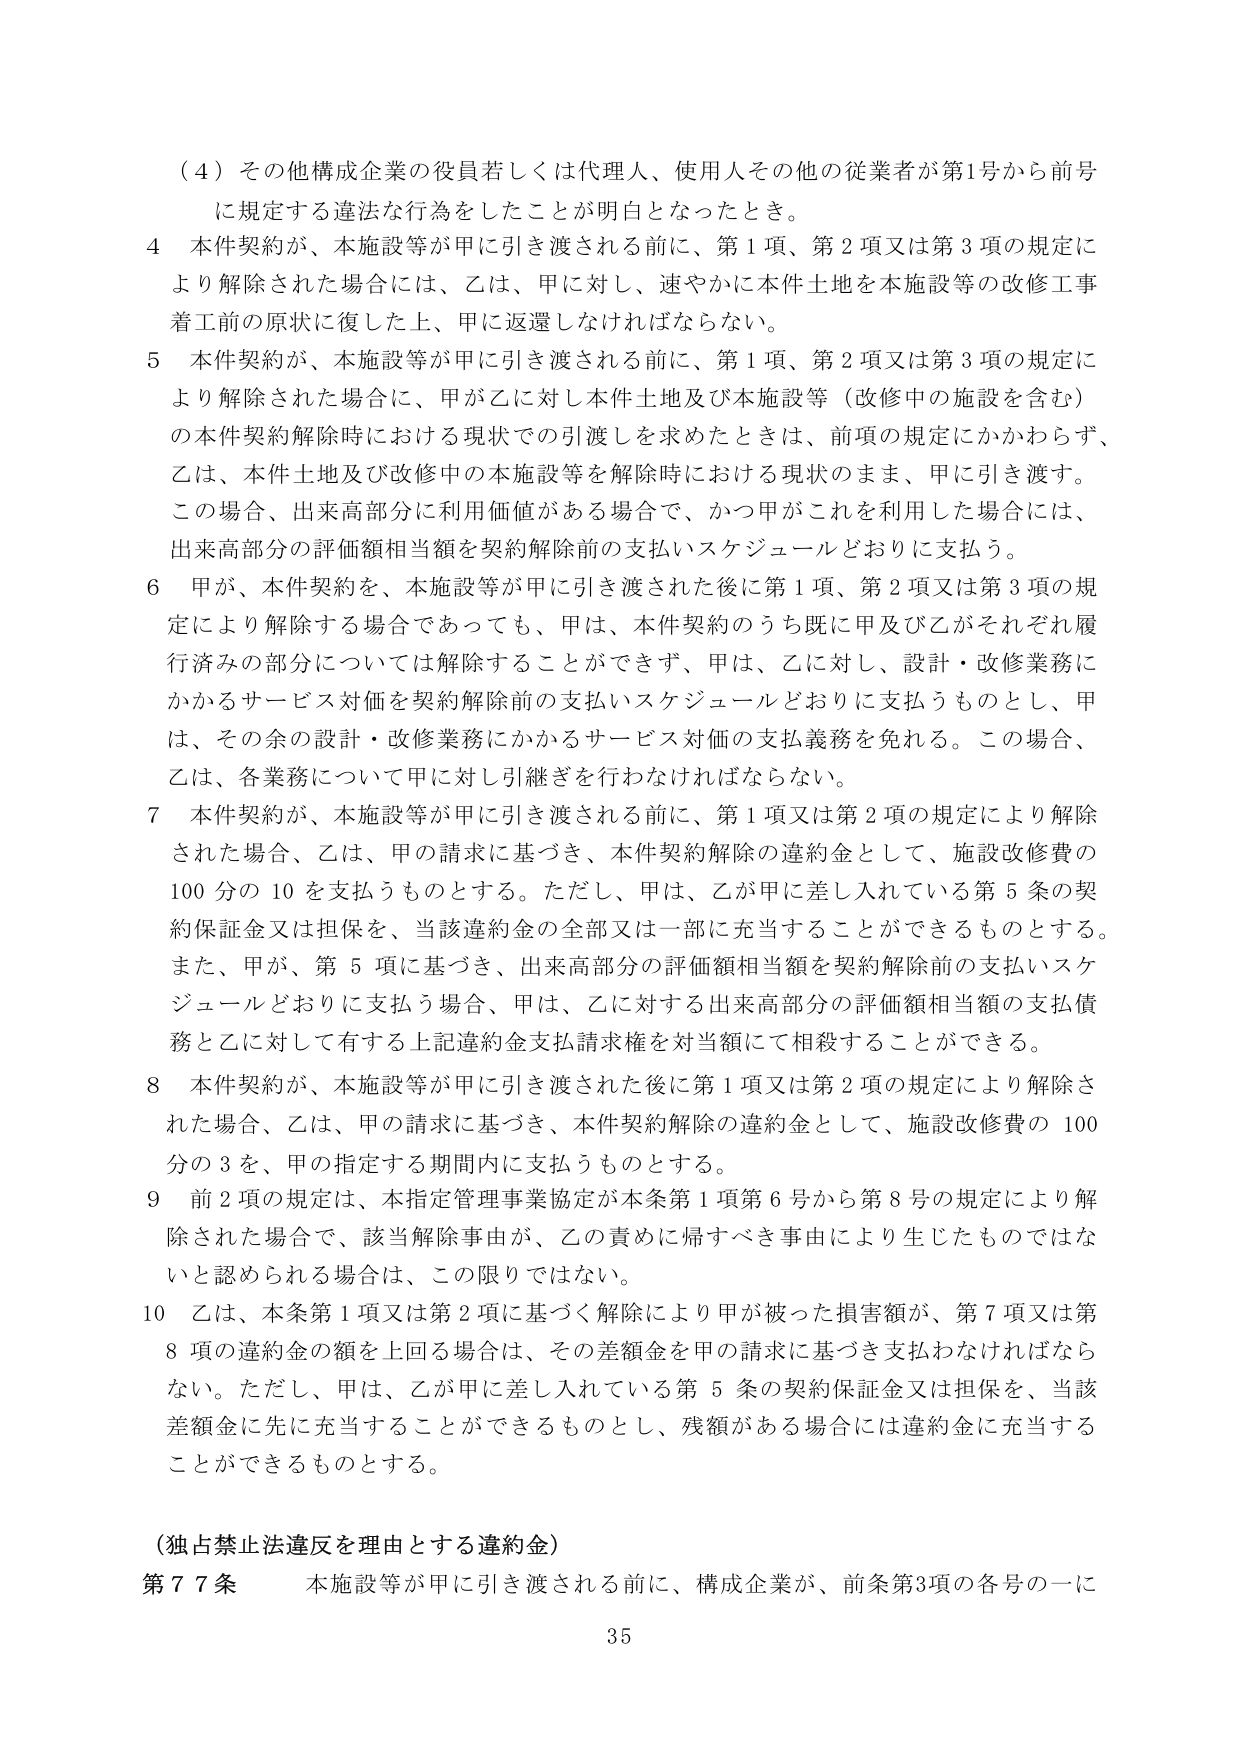
（４）その他構成企業の役員若しくは代理人、使用人その他の従業者が第1号から前号に規定する違法な行為をしたことが明白となったとき。

４ 本件契約が、本施設等が甲に引き渡される前に、第１項、第２項又は第３項の規定により解除された場合には、乙は、甲に対し、速やかに本件土地を本施設等の改修工事着工前の原状に復した上、甲に返還しなければならない。

５ 本件契約が、本施設等が甲に引き渡される前に、第１項、第２項又は第３項の規定により解除された場合に、甲が乙に対し本件土地及び本施設等（改修中の施設を含む）の本件契約解除時における現状での引渡しを求めたときは、前項の規定にかかわらず、乙は、本件土地及び改修中の本施設等を解除時における現状のまま、甲に引き渡す。この場合、出来高部分に利用価値がある場合で、かつ甲がこれを利用した場合には、出来高部分の評価額相当額を契約解除前の支払いスケジュールどおりに支払う。

６ 甲が、本件契約を、本施設等が甲に引き渡された後に第１項、第２項又は第３項の規定により解除する場合であっても、甲は、本件契約のうち既に甲及び乙がそれぞれ履行済みの部分については解除することができず、甲は、乙に対し、設計・改修業務にかかるサービス対価を契約解除前の支払いスケジュールどおりに支払うものとし、甲は、その余の設計・改修業務にかかるサービス対価の支払義務を免れる。この場合、乙は、各業務について甲に対し引継ぎを行わなければならない。

７ 本件契約が、本施設等が甲に引き渡される前に、第１項又は第２項の規定により解除された場合、乙は、甲の請求に基づき、本件契約解除の違約金として、施設改修費の100分の10を支払うものとする。ただし、甲は、乙が甲に差し入れている第５条の契約保証金又は担保を、当該違約金の全部又は一部に充当することができるものとする。また、甲が、第５項に基づき、出来高部分の評価額相当額を契約解除前の支払いスケジュールどおりに支払う場合、甲は、乙に対する出来高部分の評価額相当額の支払債務と乙に対して有する上記違約金支払請求権を対当額にて相殺することができる。

８ 本件契約が、本施設等が甲に引き渡された後に第１項又は第２項の規定により解除された場合、乙は、甲の請求に基づき、本件契約解除の違約金として、施設改修費の100分の3を、甲の指定する期間内に支払うものとする。

９ 前２項の規定は、本指定管理事業協定が本条第１項第６号から第８号の規定により解除された場合で、該当解除事由が、乙の責めに帰すべき事由により生じたものではないと認められる場合は、この限りではない。

10 乙は、本条第１項又は第２項に基づく解除により甲が被った損害額が、第７項又は第８項の違約金の額を上回る場合は、その差額金を甲の請求に基づき支払わなければならない。ただし、甲は、乙が甲に差し入れている第５条の契約保証金又は担保を、当該差額金に先に充当することができるものとし、残額がある場合には違約金に充当することができるものとする。

（独占禁止法違反を理由とする違約金）

第77条 本施設等が甲に引き渡される前に、構成企業が、前条第3項の各号の一に

35